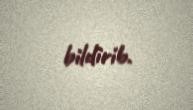
bildirib.